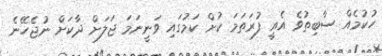
ހުކުމެއް ސާބިތުވެ އެއީ ފުރަތަމަ ކުށް ކަމުގައި ވަނީނަމަ ޖަލަށް ދާކަށް ނުޖެހޭނެ